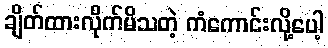
ချိတ်ထားလိုက်မိသတဲ့ ကံကောင်းလို့ပေါ့